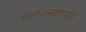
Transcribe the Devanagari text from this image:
२०१७सालापर्यंत